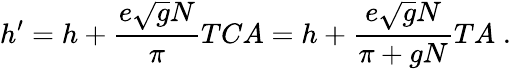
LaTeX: h^{\prime}=h+\frac{e\sqrt{g}N}{\pi}TCA=h+\frac{e\sqrt{g}N}{\pi+gN}TA\; .